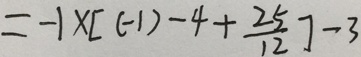
= - 1 \times [ ( - 1 ) - 4 + \frac { 2 5 } { 1 2 } ] - 3